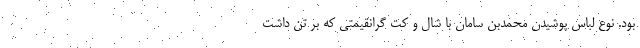
بود. نوع لباس پوشیدن محمدبن سامان با شال و کت گرانقیمتی که بر تن داشت